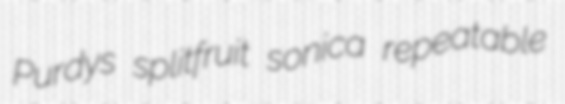
Purdys splitfruit sonica repeatable